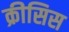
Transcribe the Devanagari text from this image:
क्रीसिस